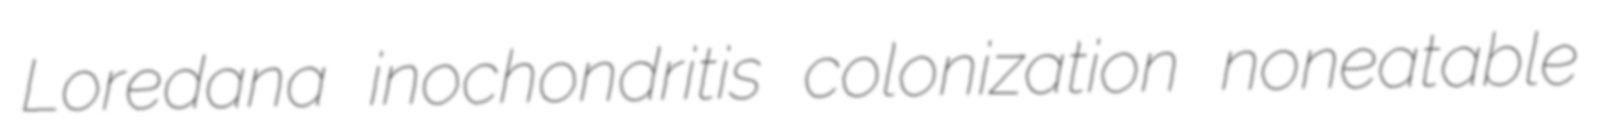
Loredana inochondritis colonization noneatable